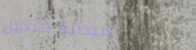
صيدلية النخيل